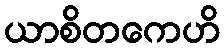
ယာစိတကေဟိ